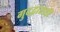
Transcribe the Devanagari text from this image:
गुदद्वाराशी